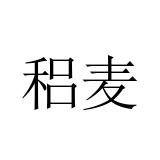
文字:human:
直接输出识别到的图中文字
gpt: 稆麦